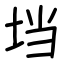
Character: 垱